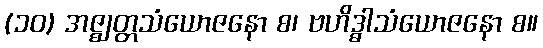
(၁၀) အဇ္ဈတ္တသံယောဇနော စ၊ ဗဟိဒ္ဓါသံယောဇနော စ။